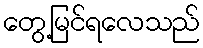
တွေ့မြင်ရလေသည်